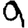
Digit: 9